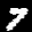
Label: 7